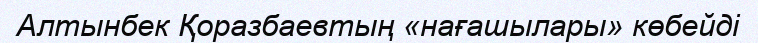
Алтынбек Қоразбаевтың «нағашылары» көбейдi